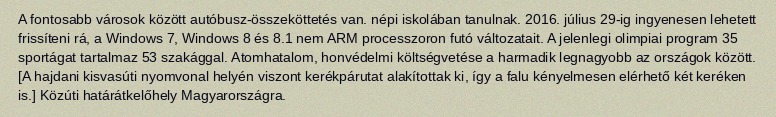
A fontosabb városok között autóbusz-összeköttetés van. népi iskolában tanulnak. 2016. július 29-ig ingyenesen lehetett frissíteni rá, a Windows 7, Windows 8 és 8.1 nem ARM processzoron futó változatait. A jelenlegi olimpiai program 35 sportágat tartalmaz 53 szakággal. Atomhatalom, honvédelmi költségvetése a harmadik legnagyobb az országok között. [A hajdani kisvasúti nyomvonal helyén viszont kerékpárutat alakítottak ki, így a falu kényelmesen elérhető két keréken is.] Közúti határátkelőhely Magyarországra.